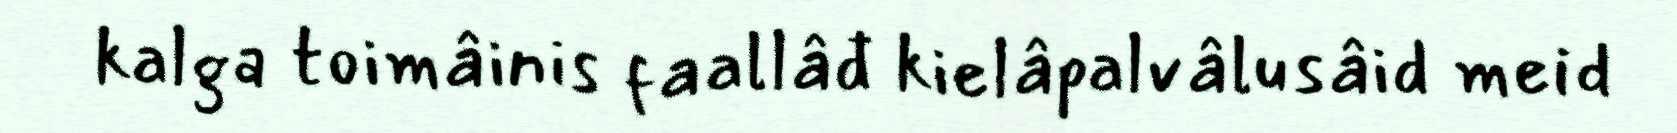
kalga toimâinis faallâđ kielâpalvâlusâid meid